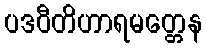
ပဒဝီတိဟာရမတ္တေန